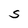
Character: S